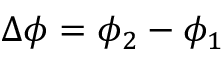
\Delta \phi = \phi _ { 2 } - \phi _ { 1 }